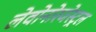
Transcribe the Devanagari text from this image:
लेवोनोरजेस्ट्रल